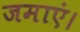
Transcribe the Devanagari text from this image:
जमाएं।